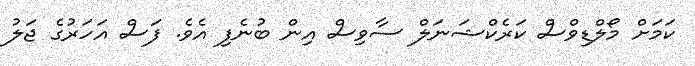
ކަމަށް މޯލްޑިވްސް ކަރެކްޝަނަލް ސާވިސް އިން ބުނެފި އެވެ. ފަސް އަހަރުގެ ޖަލު